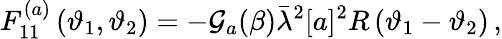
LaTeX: F_{11}^{(a)}\left(\vartheta_{1},\vartheta_{2}\right)=-\mathcal{G}_{a}(\beta)\bar{\lambda}^{2}[a]^{2}R\left(\vartheta_{1}-\vartheta_{2}\right)\, ,